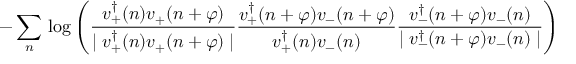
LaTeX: - \sum _ { n } \, \log \left( \frac { v _ { + } ^ { \dagger } ( n ) v _ { + } ( n + \varphi ) } { \mid v _ { + } ^ { \dagger } ( n ) v _ { + } ( n + \varphi ) \mid } \frac { v _ { + } ^ { \dagger } ( n + \varphi ) v _ { - } ( n + \varphi ) } { v _ { + } ^ { \dagger } ( n ) v _ { - } ( n ) } \frac { v _ { - } ^ { \dagger } ( n + \varphi ) v _ { - } ( n ) } { \mid v _ { - } ^ { \dagger } ( n + \varphi ) v _ { - } ( n ) \mid } \right)